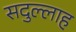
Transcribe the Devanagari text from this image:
सदुल्‍लाह